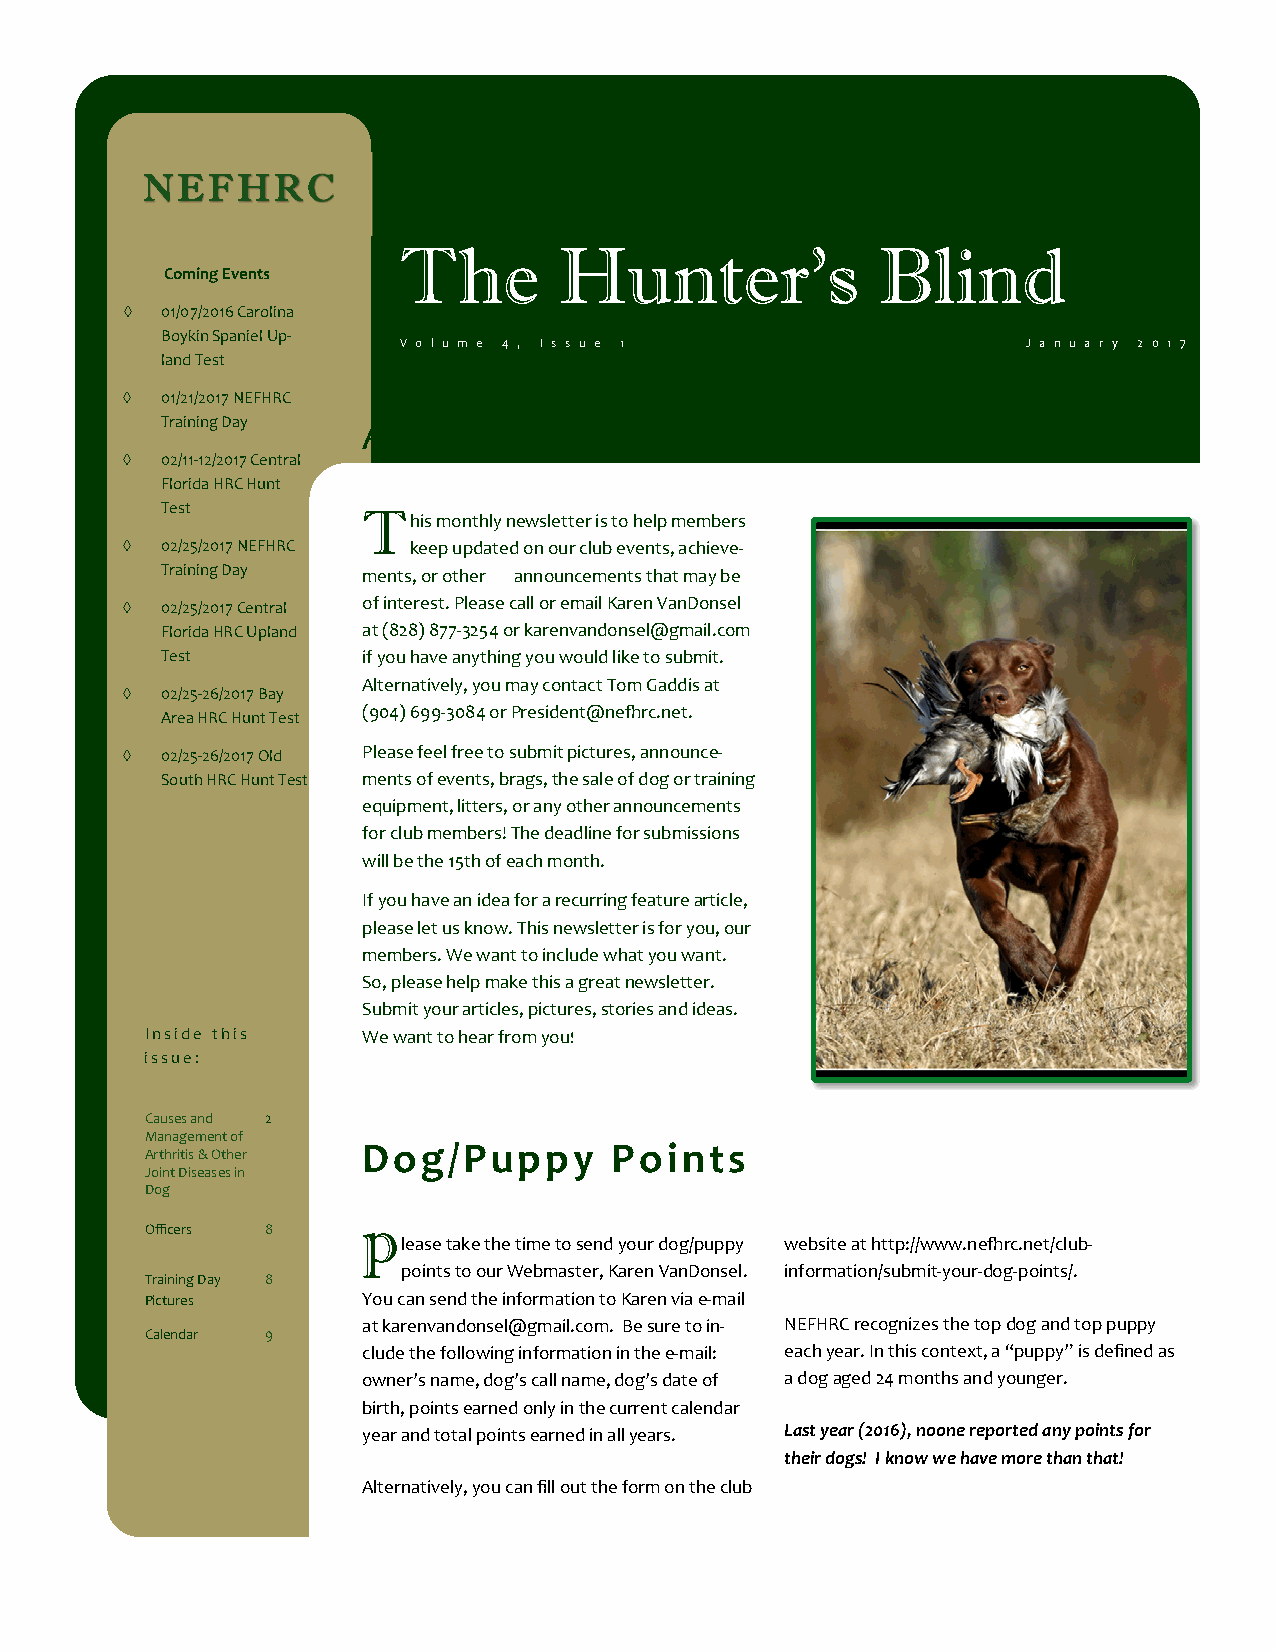
NEFHRC
 The        Hunter’s             Blind
 Coming Events
  01/07/2016 Carolina
 Boykin Spaniel Up‐
 V o l u m e 4 , I s s u e 1               J a n u a r y 2 0 1 7
 land Test
  01/21/2017 NEFHRC
 Training Day About   NEFHRC    Newsletter    . . .
  02/11‐12/2017 Central
 Florida HRC Hunt
 Test         T  his monthly newsletter is to help members
  02/25/2017 NEFHRC keep updated on our club events, achieve‐
 Training Day ments, or other announcements that may be
  02/25/2017 Central of interest. Please call or email Karen VanDonsel
 Florida HRC Upland at (828) 877‐3254 or karenvandonsel@gmail.com
 Test         if you have anything you would like to submit.
 Alternatively, you may contact Tom Gaddis at
  02/25‐26/2017 Bay
 (904) 699‐3084 or President@nefhrc.net.
 Area HRC Hunt Test
  02/25‐26/2017 Old Please feel free to submit pictures, announce‐
 South HRC Hunt Test ments of events, brags, the sale of dog or training
 equipment, litters, or any other announcements
 for club members! The deadline for submissions
 will be the 15th of each month.
 If you have an idea for a recurring feature article,
 please let us know. This newsletter is for you, our
 members. We want to include what you want.
 So, please help make this a great newsletter.
 Submit your articles, pictures, stories and ideas.
 Inside this   We want to hear from you!
 issue:
 Causes and 2
 Management of
 Dog/Puppy        Points
 Arthritis & Other
 Joint Diseases in
 Dog
 p
 Officers 8
 lease take the time to send your dog/puppy website at http://www.nefhrc.net/club‐
 points to our Webmaster, Karen VanDonsel. information/submit‐your‐dog‐points/.
 Training Day 8
 Pictures      You can send the information to Karen via e‐mail
 at karenvandonsel@gmail.com. Be sure to in‐ NEFHRC recognizes the top dog and top puppy
 Calendar 9
 clude the following information in the e‐mail: each year. In this context, a “puppy” is defined as
 owner’s name, dog’s call name, dog’s date of a dog aged 24 months and younger.
 birth, points earned only in the current calendar
 year and total points earned in all years. Last year (2016), noone reported any points for
 their dogs! I know we have more than that!
 Alternatively, you can fill out the form on the club